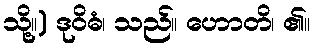
သို့။) ဒုဝိဓံ၊ သည်။ ဟောတိ၊ ၏။